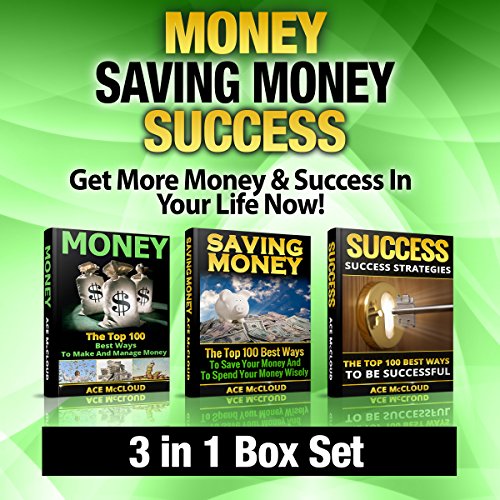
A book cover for Money: Saving Money: Success: Get More Money & Success in Your Life Now!: 3 in 1 Box Set: Money Making Strategies, Saving Money Strategies & World's Best Success; Ace McCloud; Business & Money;